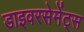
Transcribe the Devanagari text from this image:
डाइवरसेमेंट्स